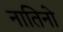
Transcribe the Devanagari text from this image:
नातिनो